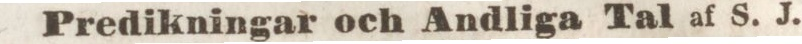
Predikningar och Andliga Tal af S. J.